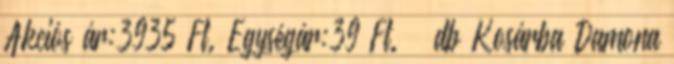
Akciós ár:3935 Ft. Egységár:39 Ft. db Kosárba Damona